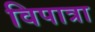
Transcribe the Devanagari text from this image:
विपात्रा